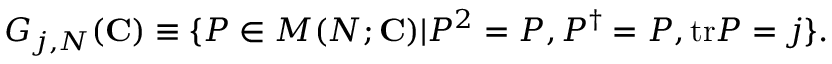
G _ { j , N } ( { \mathbf { C } } ) \equiv \{ P \in M ( N ; { \mathbf { C } } ) | P ^ { 2 } = P , P ^ { \dag } = P , \mathrm { t r } P = j \} .